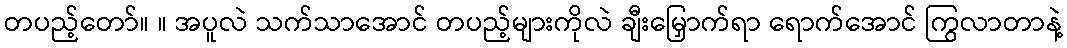
တပည့်တော်။ ။ အပူလဲ သက်သာအောင် တပည့်များကိုလဲ ချီးမြှောက်ရာ ရောက်အောင် ကြွလာတာနဲ့